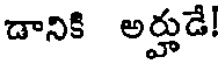
డానికి అర్హుడే!